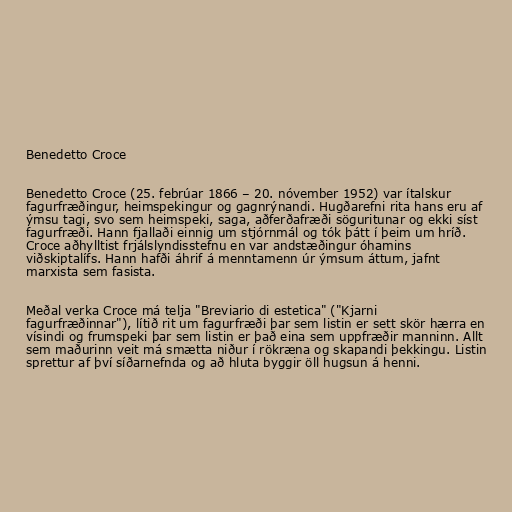
Benedetto Croce

Benedetto Croce (25. febrúar 1866 – 20. nóvember 1952) var ítalskur
fagurfræðingur, heimspekingur og gagnrýnandi. Hugðarefni rita hans eru af
ýmsu tagi, svo sem heimspeki, saga, aðferðafræði söguritunar og ekki síst
fagurfræði. Hann fjallaði einnig um stjórnmál og tók þátt í þeim um hríð.
Croce aðhylltist frjálslyndisstefnu en var andstæðingur óhamins
viðskiptalífs. Hann hafði áhrif á menntamenn úr ýmsum áttum, jafnt
marxista sem fasista.

Meðal verka Croce má telja "Breviario di estetica" ("Kjarni
fagurfræðinnar"), lítið rit um fagurfræði þar sem listin er sett skör hærra en
vísindi og frumspeki þar sem listin er það eina sem uppfræðir manninn. Allt
sem maðurinn veit má smætta niður í rökræna og skapandi þekkingu. Listin
sprettur af því síðarnefnda og að hluta byggir öll hugsun á henni.